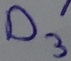
Text: D3